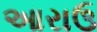
આરાઉ